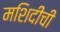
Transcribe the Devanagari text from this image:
मशिदींची